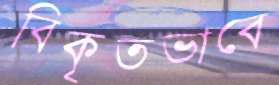
বিকৃতভাবে